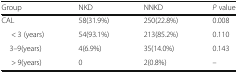
<table><thead><tr><td><b>Group</b></td><td><b>NKD</b></td><td><b>NNKD</b></td><td><b><i>P</i> value</b></td></tr></thead><tbody><tr><td>CAL</td><td>58(31.9%)</td><td>250(22.8%)</td><td>0.008</td></tr><tr><td>&lt; 3 (years)</td><td>54(93.1%)</td><td>213(85.2%)</td><td>0.110</td></tr><tr><td> 3–9(years)</td><td>4(6.9%)</td><td>35(14.0%)</td><td>0.143</td></tr><tr><td>&gt; 9(years)</td><td>0</td><td>2(0.8%)</td><td>–</td></tr></tbody></table>